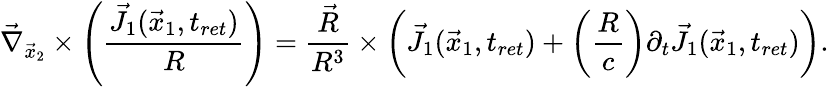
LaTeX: \vec{\nabla}_{\vec{x}_{2}}\times\left(\frac{\vec{J}_{1}(\vec{x}_{1},t_{ret})}{R}\right)=\frac{\vec{R}}{R^{3}}\times\left(\vec{J}_{1}(\vec{x}_{1},t_{ret})+\left(\frac{R}{c}\right)\partial_{t}\vec{J}_{1}(\vec{x}_{1},t_{ret})\right).